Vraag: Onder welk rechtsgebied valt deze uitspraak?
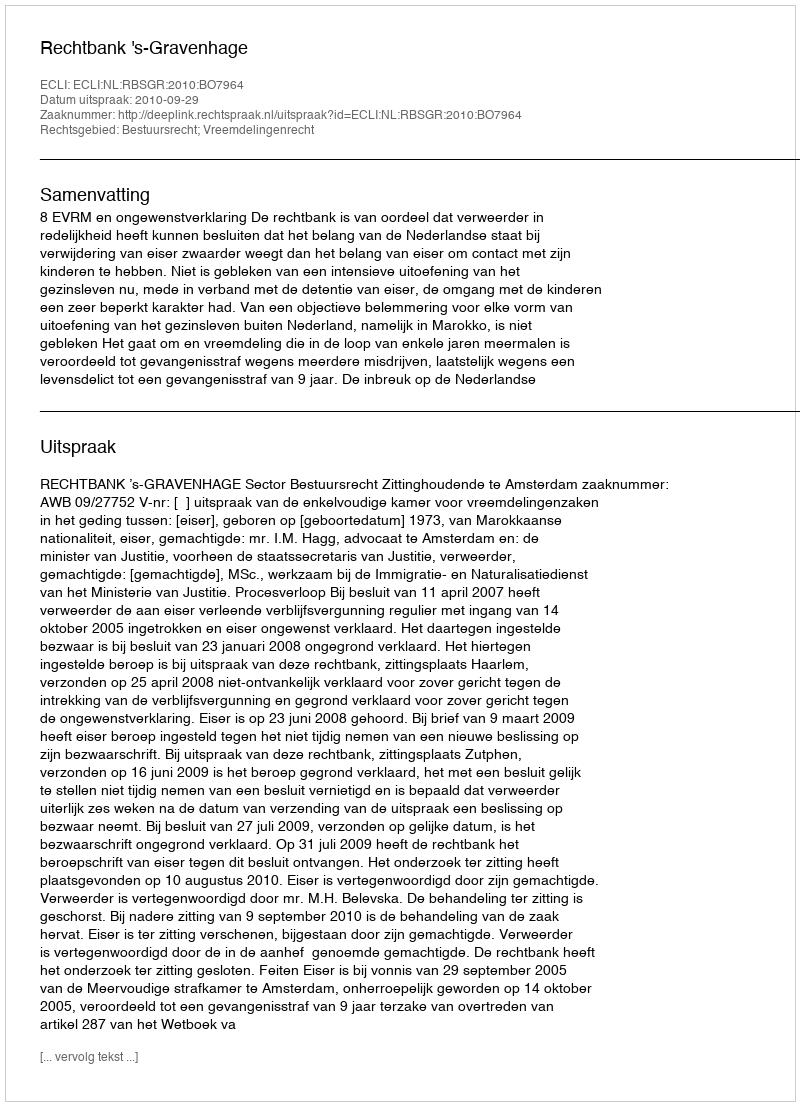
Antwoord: Bestuursrecht; Vreemdelingenrecht